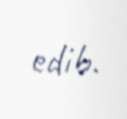
edib.